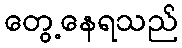
တွေ့နေရသည်